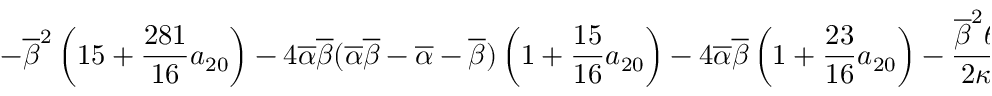
\displaystyle { - \overline { { \beta } } ^ { 2 } \left( 1 5 + \frac { 2 8 1 } { 1 6 } a _ { 2 0 } \right) - 4 \overline { { \alpha } } \overline { { \beta } } ( \overline { { \alpha } } \overline { { \beta } } - \overline { { \alpha } } - \overline { { \beta } } ) \left( 1 + \frac { 1 5 } { 1 6 } a _ { 2 0 } \right) - 4 \overline { { \alpha } } \overline { { \beta } } \left( 1 + \frac { 2 3 } { 1 6 } a _ { 2 0 } \right) - \frac { \overline { { \beta } } ^ { 2 } \theta } { 2 \kappa } \Bigg \{ 9 + \frac { 3 5 } { 1 6 } a _ { 2 0 } + \frac { 2 7 } { 4 } a _ { 1 1 } }